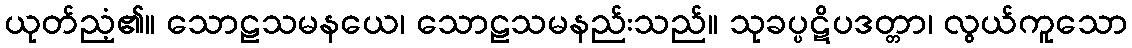
ယုတ်ညံ့၏။ သောဠသမနယေ၊ သောဠသမနည်းသည်။ သုခပ္ပဋိပဒတ္တာ၊ လွယ်ကူသော